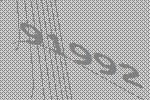
91992